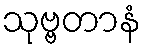
သုဗ္ဗတာနံ